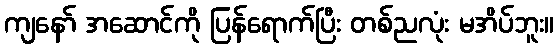
ကျနော် အဆောင်ကို ပြန်ရောက်ပြီး တစ်ညလုံး မအိပ်ဘူး။